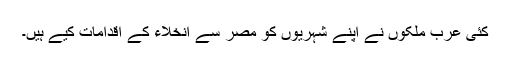
کئی عرب ملکوں نے اپنے شہریوں کو مصر سے انخلاء کے اقدامات کیے ہیں۔